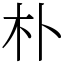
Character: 朴